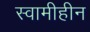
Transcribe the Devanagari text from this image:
स्वामीहीन